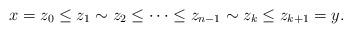
LaTeX: \begin{align*}x= z_0\leq z_1\sim z_2 \leq\cdots\leq z_{n-1}\sim z_k\leq z_{k+1}= y.\end{align*}